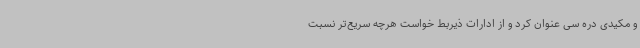
و مکیدی دره سی عنوان کرد و از ادارات ذیربط خواست هرچه سریع‌تر نسبت